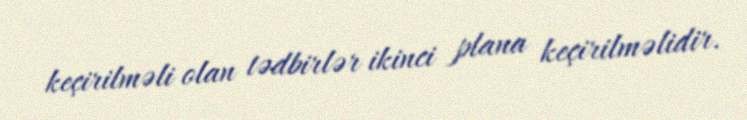
keçirilməli olan tədbirlər ikinci plana keçirilməlidir.